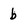
Character: b